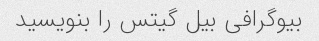
بیوگرافی بیل گیتس را بنویسید